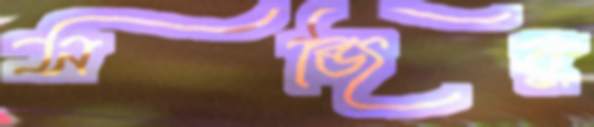
সব্জির